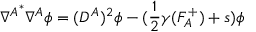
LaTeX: { \nabla ^ { A } } ^ { * } \nabla ^ { A } \phi = ( D ^ { A } ) ^ { 2 } \phi - ( { \frac { 1 } { 2 } } \gamma ( F _ { A } ^ { + } ) + s ) \phi